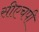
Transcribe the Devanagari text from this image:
सीएचपी